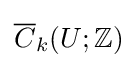
{\overline {C}}_{k}(U;\mathbb {Z} )